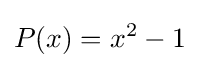
P(x)=x^{2}-1